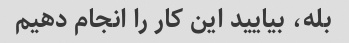
بله، بیایید این کار را انجام دهیم